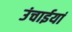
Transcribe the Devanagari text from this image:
उंचाईयां